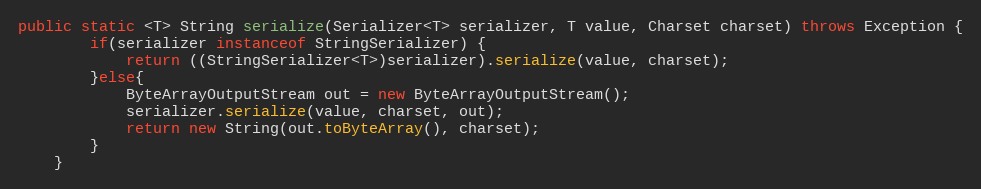
Language: Java
public static <T> String serialize(Serializer<T> serializer, T value, Charset charset) throws Exception {
        if(serializer instanceof StringSerializer) {
            return ((StringSerializer<T>)serializer).serialize(value, charset);
        }else{
            ByteArrayOutputStream out = new ByteArrayOutputStream();
            serializer.serialize(value, charset, out);
            return new String(out.toByteArray(), charset);
        }
    }